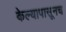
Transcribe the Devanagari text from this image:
केल्यापासूनच